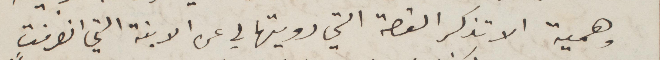
وهمية الا تذكر القصة التي رويتها لي عن الابنة التي انصرفت